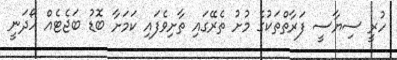
ހުރީ ސިޔާސީ ފަރާތްތަކުގެ މުށު ތެރޭގައި ތާށިވެފައި ކަމަށާ ބޮޑު ބަޖެޓެއް ހޯދަނީ